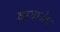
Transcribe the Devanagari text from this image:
वायाजेम